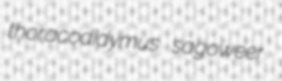
thoracodidymus sagoweer